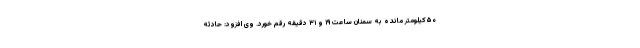
۵۰کیلومتر مانده به سمنان ساعت ١٩ و ٣١ دقیقه رقم خورد. وی افزود: حادثه